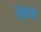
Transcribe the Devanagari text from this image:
हिरौंजी